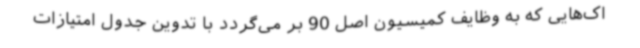
اک‌هایی که به وظایف کمیسیون اصل 90 بر می‌گردد با تدوین جدول امتیازات